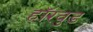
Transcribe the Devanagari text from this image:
हॉरवुड